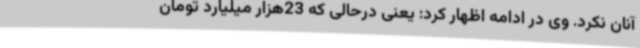
آنان نکرد. وی در ادامه اظهار کرد: یعنی درحالی که 23هزار میلیارد تومان